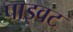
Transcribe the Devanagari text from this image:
पाइवट